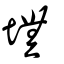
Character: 墲